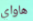
هاواي